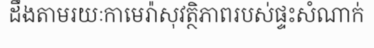
ដឹងតាមរយៈកាមេរ៉ាសុវត្ថិភាពរបស់ផ្ទះសំណាក់